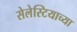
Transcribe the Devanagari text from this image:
सेलेस्टियाच्या